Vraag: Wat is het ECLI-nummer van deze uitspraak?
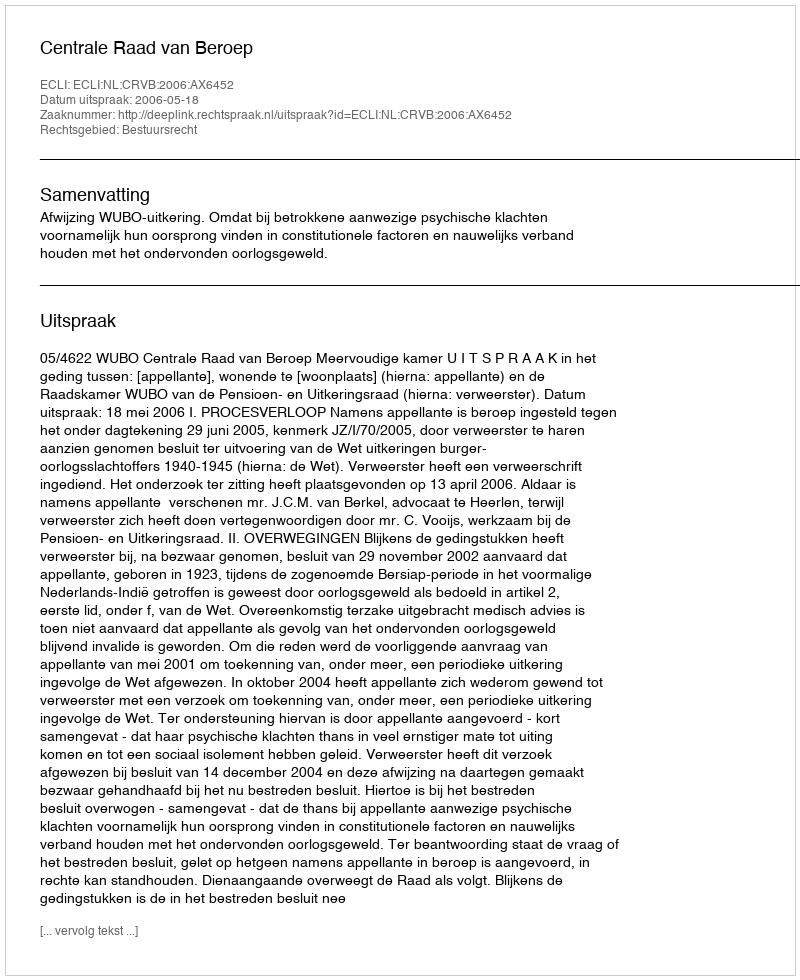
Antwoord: ECLI:NL:CRVB:2006:AX6452